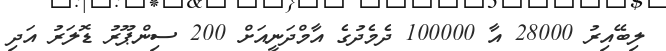
ލިބޭއިރު 28000 އާ 100000 ދެމެދުގެ އާމްދަނީއަށް 200 ސިންޕޫރު ޑޮލަރު އަދި